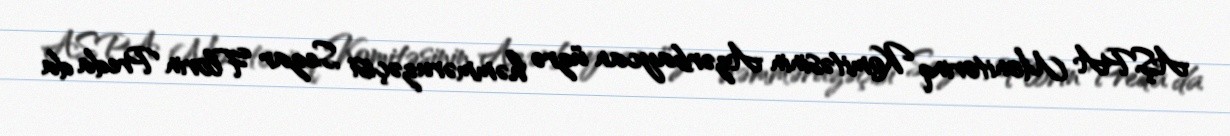
AŞPA Monitorinq Komitəsinin Azərbaycan üzrə həmməruzəçisi Sezar Florin Preda da